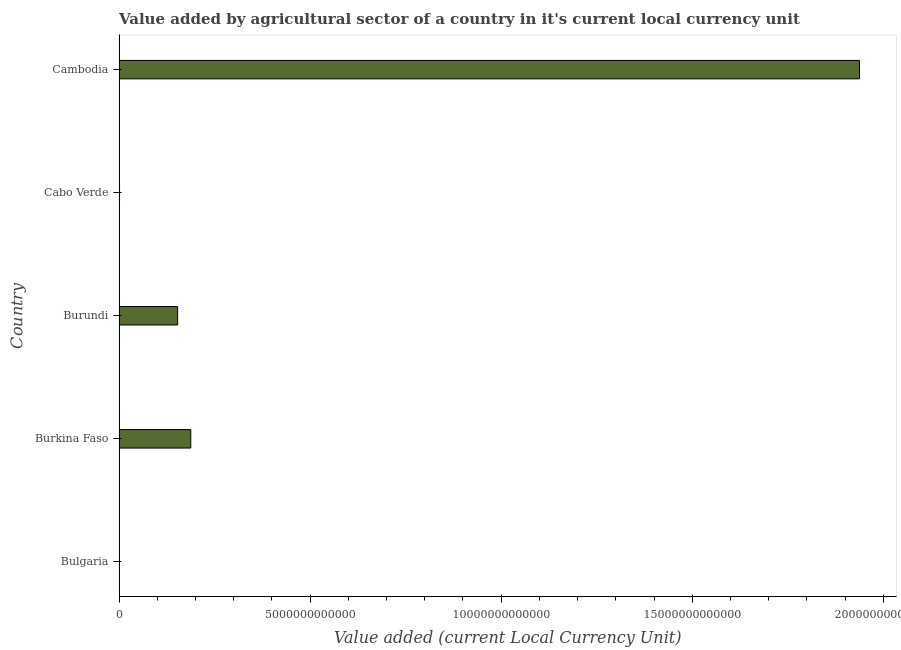
| Country | Agriculture |
 | --- | --- |
 | Bulgaria | 3.77e+09 |
 | Burkina Faso | 1.88e+12 |
 | Burundi | 1.53e+12 |
 | Cabo Verde | 1.29e+10 |
 | Cambodia | 1.94e+13 |